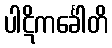
ပါဋိကင်္ခေါတိ